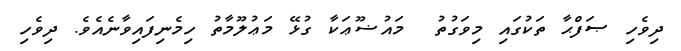
ދިވެހި ޞަފްޙާ ތަކުގައި މިވަގުތު  މައުޟޫޢަކާ ގުޅޭ މަޢުލޫމާތު ހިމެނިފައިވާނެއެވެ. ދިވެހި